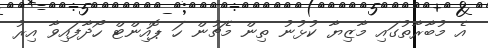
އެ މުބާރާތުގައި މާޒިޔާ ކުޅުނު ތިން މެޗުން ހަ ޕޮއިންޓް ހޯދާފައިވާ އިރު